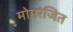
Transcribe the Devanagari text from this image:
मोमरंजित